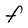
Character: f